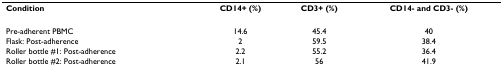
| Condition | CD14+ (%) | CD3+ (%) | CD14- and CD3- (%) |
 | --- | --- | --- | --- |
 | Pre-adherent PBMC | 14.6 | 45.4 | 40 |
 | Flask: Post-adherence | 2 | 59.5 | 38.4 |
 | Roller bottle #1: Post-adherence | 2.2 | 55.2 | 36.4 |
 | Roller bottle #2: Post-adherence | 2.1 | 56 | 41.9 |